Report of the Indian Hemp Drugs Commission, 1894-1895 - Volume V
Year: 1894
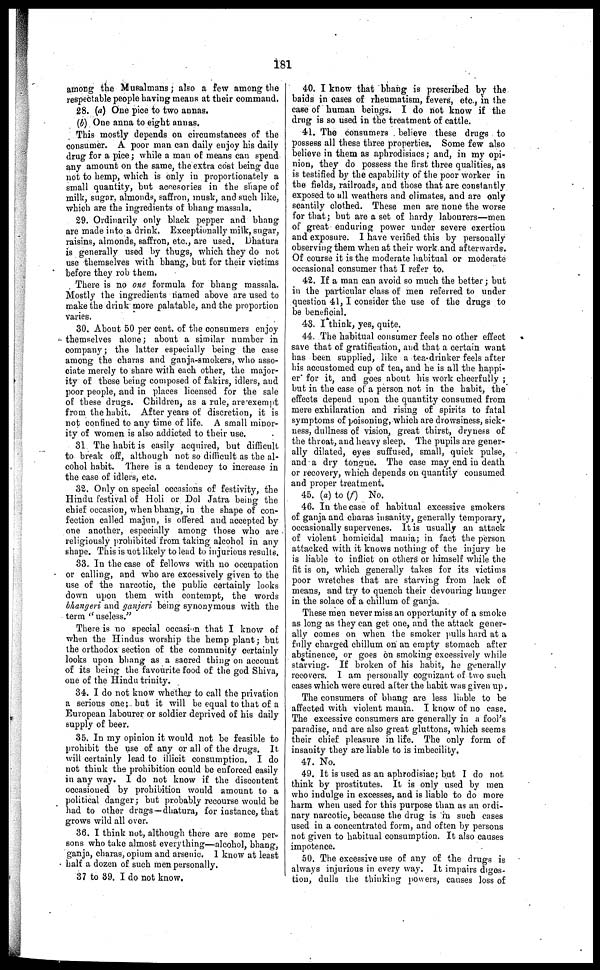
181
among the Musalmans; also a few among the
respectable people having means at their command.
28. (a) One pice to two annas.
(b) One anna to eight annas.
This mostly depends on circumstances of the
consumer. A poor man can daily enjoy his daily
drug for a pice; while a man of means can spend
any amount on the same, the extra cost being due
not to hemp, which is only in proportionately a
small quantity, but accesories in the shape of
milk, sugar, almonds, saffron, musk, and such like,
which are the ingredients of bhang massala.
29. Ordinarily only black pepper and bhang
are made into a drink, Exceptionally milk, sugar,
raisins, almonds, saffron, etc., are used. Dhatura
is generally used by thugs, which they do not
use themselves with bhang, but for their victims
before they rob them.
There is no one formula for bhang massala.
Mostly the ingredients named above are used to
make the drink more palatable, and the proportion
varies,
30. About 50 per cent. of the consumers enjoy
themselves alone; about a similar number in
company; the latter especially being the case
among the charas and ganja-smokers, who asso-
ciate merely to share with each other, the major-
ity of these being composed of fakirs, idlers, and
poor people, and in places licensed for the sale
of these drugs. Children, as a rule, are exempt
from the habit. After years of discretion, it is
not confined to any time of life. A small minor-
ity of women is also addicted to their use.
31 The habit is easily acquired, but difficult
to break off, although not so difficult as the al-
cohol habit. There is a tendency to increase in
the case of idlers, etc.
32. Only on special occasions of festivity, the
Hindu festival of Holi or Dol Jatra being the
chief occasion, when bhang, in the shape of con-
fection called majun, is offered and accepted by
one another, especially among those who are
religiously prohibited from taking alcohol in any
shape. This is not likely to lead to injurious results.
33. In the case of fellows with no occupation
or calling, and who are excessively given to the
use of the narcotic, the public certainly looks
down upon them with contempt, the words
bhangeri and ganjeri being synonymous with the
term ''useless."
There is no special occasion that I know of
when the Hindus worship the hemp plant; but
the orthodox section of the community certainly
looks upon bhang as a sacred thing on account
of its being the favourite food of the god Shiva,
one of the Hindu trinity.
34. I do not know whether to call the privation
a serious one; but it will be equal to that of a
European labourer or soldier deprived of bis daily
6upply of beer.
35. In my opinion it would not be feasible to
prohibit the use of any or all of the drugs. It
will certainly lead to illicit consumption. I do
not think the prohibition could be enforced easily
in any way. I do not know if the discontent
occasioned by prohibition would amount to a
political danger; but probably recourse would be
had to other drugs — dhatura, for instance, that
grows wild all over.
36. I think not, although there are some per-
sons who take almost everything—alcohol, bhang,
ganja, charas, opium and arsenic. I know at least
half a dozen of such men personally.
37 to 39. I do not know.
40. I know that bhang is prescribed by the
baids in cases of rheumatism, fevers, etc., in the
case of human beings. I do not know if the
drug is so used in the treatment of cattle.
41. The consumers believe these drugs to
possess all these three properties. Some few also
believe in them as aphrodisiacs; and, in my opi-
nion, they do possess the first three qualities, as
is testified by the capability of the poor worker in
the fields, railroads, and those that are constantly
exposed to all weathers and climates, and are only
scantily clothed. These men are none the worse
for that; but are a set of hardy labourers—men
of great enduring power under severe exertion
and exposure. I have verified this by personally
observing them when at their work and afterwards.
Of course it is the moderate habitual or moderate
occasional consumer that I refer to.
42. If a man can avoid so much the better; but
in the particular class of men referred to under
question 41, I consider the use of the drugs to
be beneficial.
43. I think, yes, quite.
44. The habitual consumer feels no other effect
save that of gratification, and that a certain want
has been supplied, like a tea-drinker feels after
his accustomed cup of tea, and he is all the happi-
er" for it, and goes about his work cheerfully ;
but in the case of a person not in the habit, the
effects depend upon the quantity consumed from
mere exhilaration and rising of spirits to fatal
symptoms of poisoning, which are drowsiness, sick-
ness, dullness of vision, great thirst, dryness of
the throat, and heavy sleep, The pupils are gener-
ally dilated, eyes suffused, small, quick pulse,
and a dry tongue. The case may end in death
or recovery, which depends on quantity consumed
and proper treatment.
45. (a) to (f) No.
46. In the case of habitual excessive smokers
of ganja and charas insanity, generally temporary,
occasionally supervenes. It is usually an attack
of violent homicidal mania; in fact the person
attacked with it knows nothing of the injury be
is liable to inflict on others or himself while the
fit is on, which generally takes for its victims
poor wretches that are starving from lack of
means, and try to quench their devouring hunger
in the solace of a chillum of ganja.
These men never miss an opportunity of a smoke
as long as they can get one, and the attack gener-
ally comes on when the smoker pulls hard at a
fully charged chillum on an empty stomach after
abstinence, or goes on smoking excessively while
starving. If broken of his habit, he generally
recovers. I am personally cognizant of two such
cases which were cured alter the habit was given up.
The consumers of bhang are less liable to be
affected with violent mania. I know of no case.
The excessive consumers are generally in a fool's
paradise, and are also great gluttons, which seems
their chief pleasure in life. The only form of
insanity they are liable to is imbecility,
47. No.
49, It is used as an aphrodisiac; but I do not
think by prostitutes. It is only used by men
who indulge in excesses, and is liable to do more
harm when used for this purpose than as an ordi-
nary narcotic, because the drug is in such cases
used in a concentrated form, and often by persons
not given to habitual consumption. It also causes
impotence.
50. The excessive use of any of the drugs is
always injurious in every way. It impairs diges-
tion, dulls the thinking powers, causes loss of